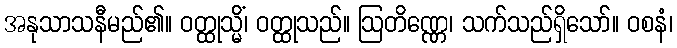
အနုသာသနီမည်၏။ ဝတ္ထုသ္မိံ၊ ဝတ္ထုသည်။ ဩတိဏ္ဏေ၊ သက်သည်ရှိသော်။ ဝစနံ၊